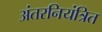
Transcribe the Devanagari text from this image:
अंतरनियंत्रित